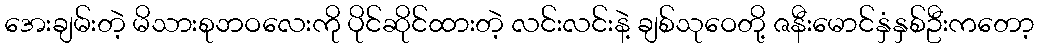
အေးချမ်းတဲ့ မိသားစုဘဝလေးကို ပိုင်ဆိုင်ထားတဲ့ လင်းလင်းနဲ့ ချစ်သုဝေတို့ ဇနီးမောင်နှံနှစ်ဦးကတော့